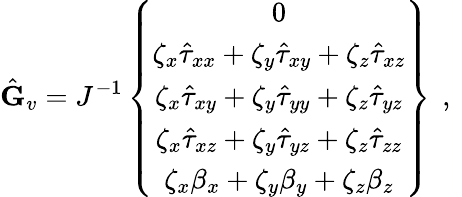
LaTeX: \hat{\mathbf{G}}_{v}=J^{-1}\left\{ \begin{array}{c}{0}\\ {\zeta_{x}\hat{\tau}_{xx}+\zeta_{y}\hat{\tau}_{xy}+\zeta_{z}\hat{\tau}_{xz}}\\ {\zeta_{x}\hat{\tau}_{xy}+\zeta_{y}\hat{\tau}_{yy}+\zeta_{z}\hat{\tau}_{yz}}\\ {\zeta_{x}\hat{\tau}_{xz}+\zeta_{y}\hat{\tau}_{yz}+\zeta_{z}\hat{\tau}_{zz}}\\ {\zeta_{x}{\beta}_{x}+\zeta_{y}{\beta}_{y}+\zeta_{z}{\beta}_{z}}\end{array}\right\} \, \mathrm{~,~}